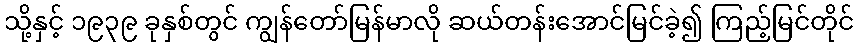
သို့နှင့် ၁၉၃၉ ခုနှစ်တွင် ကျွန်တော်မြန်မာလို ဆယ်တန်းအောင်မြင်ခဲ့၍ ကြည့်မြင်တိုင်